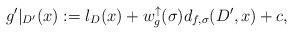
LaTeX: \begin{align*} g'|_{D'}(x):= l_D(x) + w^\uparrow_g(\sigma)d_{f, \sigma}(D', x) + c ,\end{align*}